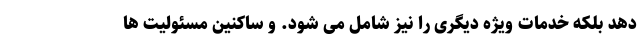
دهد بلکه خدمات ویژه دیگری را نیز شامل می شود. و ساکنین مسئولیت ها